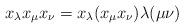
LaTeX: \begin{align*}x_{\lambda} x_{\mu}x_{\nu} = x_{\lambda} (x_{\mu}x_{\nu}) \lambda(\mu\nu)\end{align*}